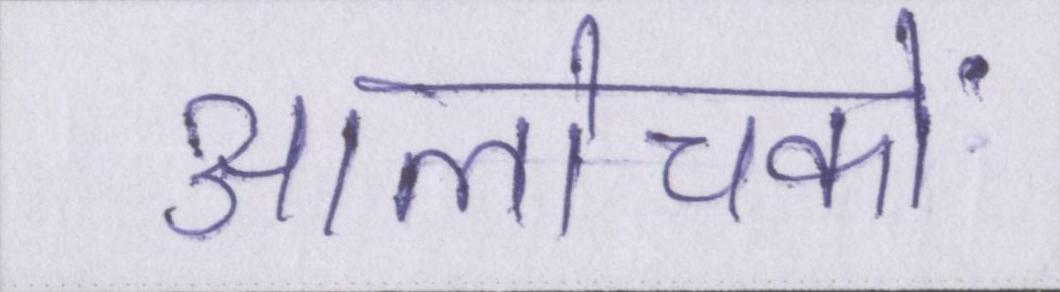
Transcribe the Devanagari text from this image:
आलोचकों